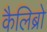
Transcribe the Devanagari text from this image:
कैलिब्रो